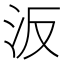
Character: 汳